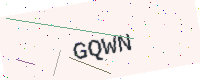
Text: GQWN